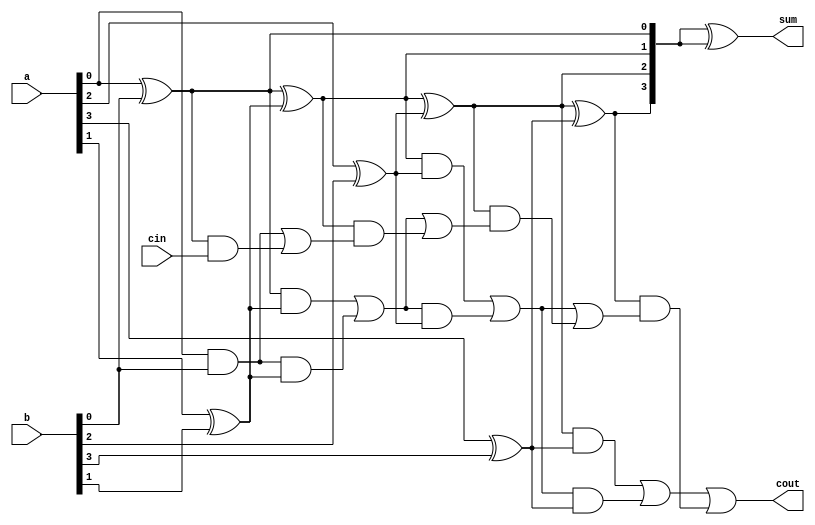
module kogge_stone_adder (
    input [3:0] a,
    input [3:0] b,
    input cin,
    output [3:0] sum,
    output cout
);

wire [4:0] p, g;
wire [3:0] c;

assign p[0] = a[0] ^ b[0];
assign g[0] = a[0] & b[0];
assign c[0] = cin;

genvar i;
generate
    for (i = 1; i < 4; i = i + 1) begin
        assign p[i] = p[i - 1] ^ (a[i] ^ b[i]);
        assign g[i] = (p[i - 1] & (a[i] ^ b[i])) | (g[i - 1] & (a[i] ^ b[i]));
        assign c[i] = g[i - 1] | (p[i - 1] & c[i - 1]);
    end
endgenerate

assign sum = p ^ {p[3:0]};
assign cout = g[3] | (p[3] & c[3]);

endmodule